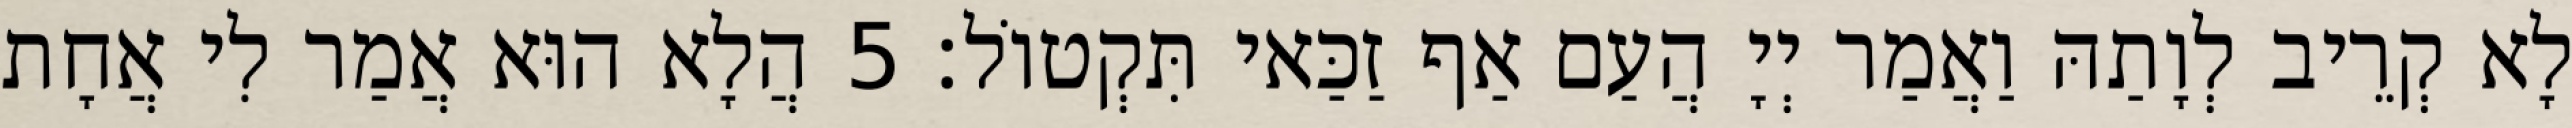
לָא קְרֵיב לְוָתַהּ וַאֲמַר יְיָ הֲעַם אַף זַכַּאי תִּקְטוֹל׃ 5 הֲלָא הוּא אֲמַר לִי אֲחָת